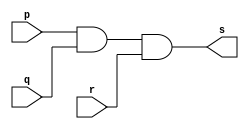
//--------------------------------------
//Exercicio0008 - AND com 3 entradas
//Nome: Mateus Guilherme do Carmo Cruz
//Matrcula: 427446
//---------------------------------------

//------------------
//-- and gate
//------------------

module andgate(output s,input p,input q, input r);
	assign s = p & q & r;
endmodule//andgate

//--------------------
//-- test and gate
//--------------------

module testandgate;
	//------------ definir dados
	reg a,b,c;	//definir registradores
	wire s;	//conexo(fio)
	
	//------------------- instancia
	andgate AND1(s,a,b,c);
	
	//-------------------preparacao
	initial begin:start
		a=0;b=0;c=0;
	end
	
	//-------------------parte principal
	initial begin
		$display("Exercicio0008 - Mateus Guilherme do Carmo Cruz - 427446");
		$display("Test ANd gate com 3 entradas");
		$display("\na & b & c = s\n");
		$monitor("%b & %b & %b = %b",a,b,c,s);
		#1 a=0;b=0;c=1;
		#1 a=0;b=1;c=0;
		#1 a=1;b=0;c=0;
		#1 a=1;b=1;c=0;
		#1 a=1;b=0;c=1;
		#1 a=0;b=1;c=1;
		#1 a=1;b=1;c=1;
	end

endmodule//testandgate